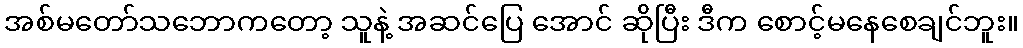
အစ်မတော်သဘောကတော့ သူနဲ့ အဆင်ပြေ အောင် ဆိုပြီး ဒီက စောင့်မနေစေချင်ဘူး။